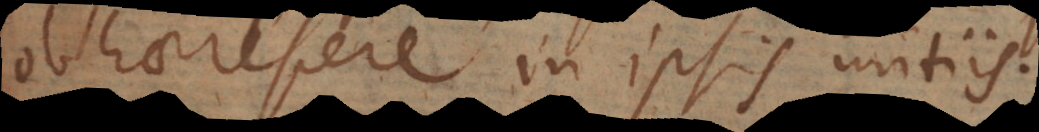
obhaerescere in ipsis initiis.